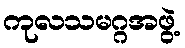
ကုလသမဂ္ဂအဖွဲ့